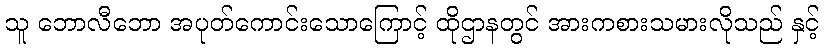
သူ ဘောလီဘော အပုတ်ကောင်းသောကြောင့် ထိုဌာနတွင် အားကစားသမားလိုသည် နှင့်